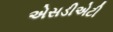
એસડીએટી